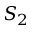
S _ { 2 }